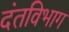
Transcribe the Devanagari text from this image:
दंतविभाग